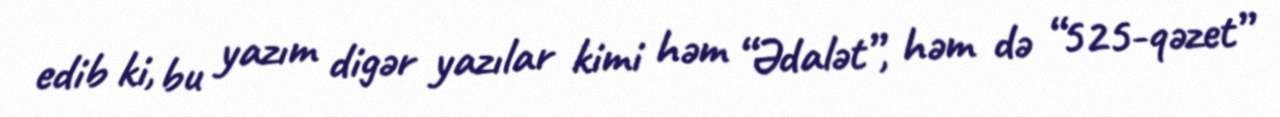
edib ki, bu yazım digər yazılar kimi həm “Ədalət”, həm də “525-qəzet”